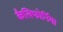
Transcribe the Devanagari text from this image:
कैलिफोर्निया